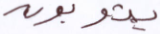
يتوبون